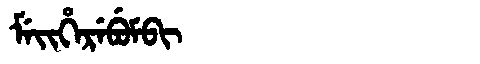
Manchu: ᠮᡝᡳᡥᡝᡵᡝᠪᡠᠮᠪᡳ
Romanization: MEIHEREBUMBI